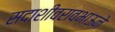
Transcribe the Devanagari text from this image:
सदाशीवरावभाऊने